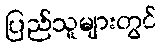
ပြည်သူများတွင်